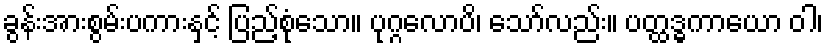
ခွန်းအားစွမ်းပကားနှင့် ပြည့်စုံသော။ ပုဂ္ဂလောပိ၊ သော်လည်း။ ပတ္ထဒ္ဓကာယော ဝါ၊